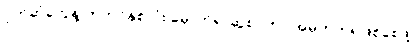
ပိုက်ဆံတွေနဲ့ ကုတင်နှစ်လုံး မှောက်၍ ဆွဲစုပ်ကာ အမှတ်တရဖြစ်စေဖို့